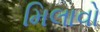
મિલાવો